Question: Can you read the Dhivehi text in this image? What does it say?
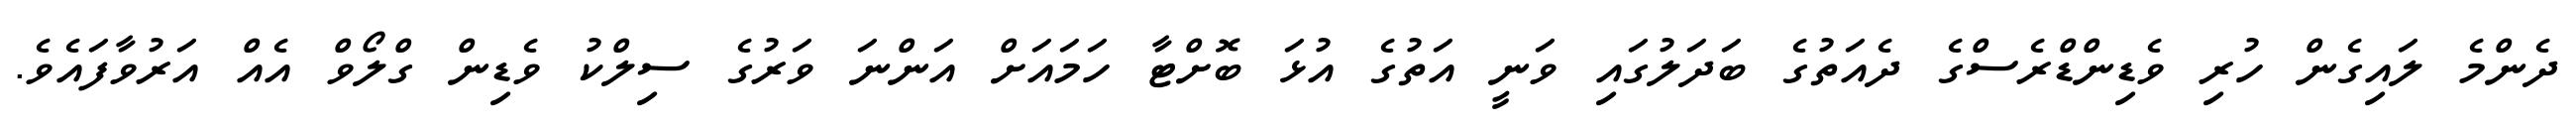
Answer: ދެންމެ ލައިގެން ހުރި ވެޑިންޑްރެސްގެ ދެއަތުގެ ބަދަލުގައި ވަނީ އަތުގެ އުޅަ ބޮށްޓާ ހަމައަށް އަންނަ ވަރުގެ ސިލްކު ވެޑިން ގްލޯވް އެއް އަރުވާފައެވެ.